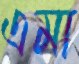
এমা